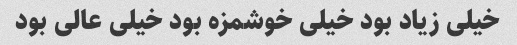
خیلی زیاد بود خیلی خوشمزه بود خیلی عالی بود